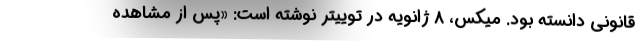
قانونی دانسته بود. میکس، 8 ژانویه در توییتر نوشته است: «پس از مشاهده